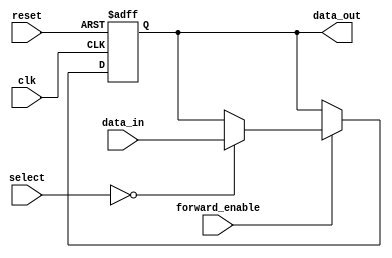
module ForwardingRegister (
    input wire clk,               // Clock signal
    input wire reset,             // Asynchronous reset signal
    input wire [31:0] data_in,    // Input data to be stored in the register
    input wire forward_enable,     // Control signal to determine forwarding
    input wire [1:0] select,       // Control signal to select data input
    output reg [31:0] data_out     // Output data
);

    // Internal register to hold the forwarded value
    reg [31:0] register;

    // On the rising edge of the clock
    always @(posedge clk or posedge reset) begin
        if (reset) begin
            register <= 32'b0;      // Clear register on reset
        end else if (forward_enable) begin
            // Capture the input data when forwarding is enabled
            case (select)
                2'b00: register <= data_in;    // Select data_in
                // Additional cases can be added for more inputs
                // For example:
                // 2'b01: register <= other_input_1;
                // 2'b10: register <= other_input_2;
                // 2'b11: register <= other_input_3;
                default: register <= register; // Retain previous value if select is invalid
            endcase
        end
    end

    // Output the current state of the register
    always @(*) begin
        data_out = register; // Output the stored value
    end

endmodule